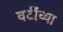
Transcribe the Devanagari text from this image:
वर्टींच्या